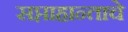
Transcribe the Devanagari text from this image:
सप्ताहान्ताचे